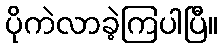
ပိုကဲလာခဲ့ကြပါပြီ။